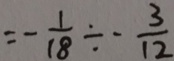
= - \frac { 1 } { 1 8 } \div - \frac { 3 } { 1 2 }